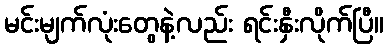
မင်းမျက်လုံးတွေနဲ့လည်း ရင်းနှီးလိုက်ပြီ။